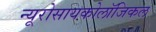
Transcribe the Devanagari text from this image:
न्यूरोसायकोलॉजिकल